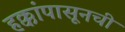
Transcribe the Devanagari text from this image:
हक्कांपासूनची